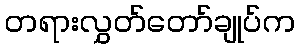
တရားလွှတ်တော်ချုပ်က